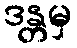
ဒန္တမှ